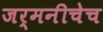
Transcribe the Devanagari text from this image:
जर्मनीचेच